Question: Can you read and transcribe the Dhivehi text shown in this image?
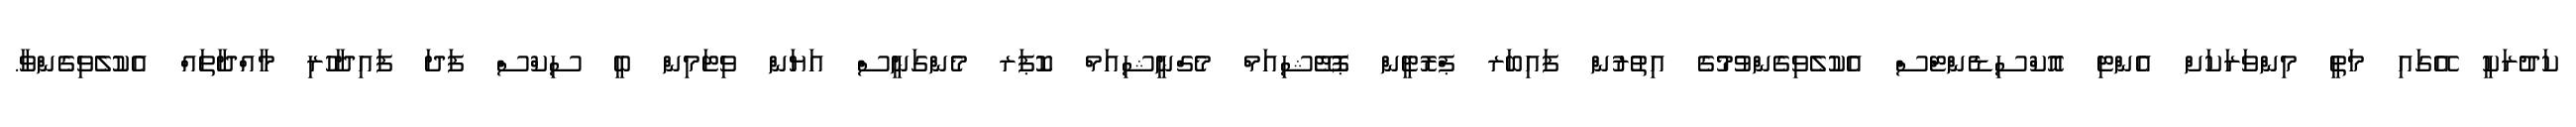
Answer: ކަދުރަކީ އޭގައި މަތީ މިންވަރަކަށް އެންޓި އޮކްސިޑެންޓްސް އެކުލެވިގެންވުމުގެ އިތުރުން ފައިބަރ ޕްރޮޓީން ޕޮޓޭޝިއަމް މެގްނީޝިއަމް ކޮޕަރ މެންގަނީސް އަޔަން ވިޓަމިން ބީ ސިކްސް ފަދަ ފައިދާހުރި މާއްދާތައް އެކުލެވިގެންވާ.